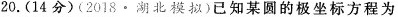
20.(14分)(2018·湖北模拟)已知某圆的极坐标方程为